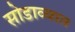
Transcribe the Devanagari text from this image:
सोडाव्यात